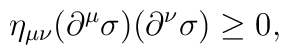
\eta _{\mu \nu}(\partial ^{\mu}\sigma )(\partial ^{\nu}\sigma )\geq 0,